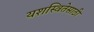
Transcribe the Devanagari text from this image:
यशस्वितेसाठी